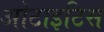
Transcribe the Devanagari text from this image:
ओटाइटिस